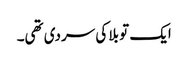
ایک تو بلا کی سردی تھی۔